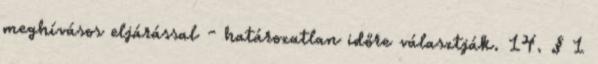
meghívásos eljárással - határozatlan időre választják. 14. § 1